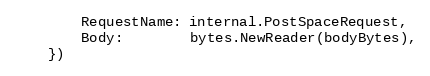
Language: Go
		RequestName: internal.PostSpaceRequest,
		Body:        bytes.NewReader(bodyBytes),
	})